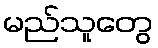
မည်သူတွေ